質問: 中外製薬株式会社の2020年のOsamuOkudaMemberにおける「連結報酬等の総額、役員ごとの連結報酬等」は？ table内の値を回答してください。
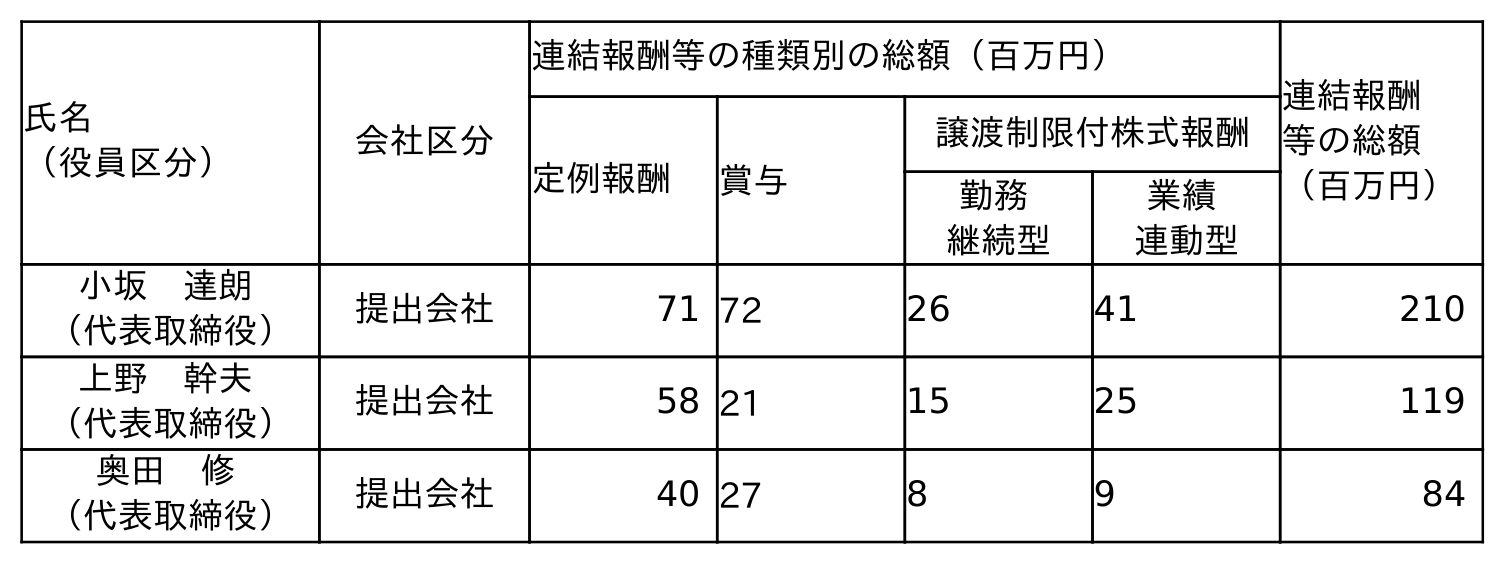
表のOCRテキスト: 氏名 （役員区分） 会社区分 連結報酬等の種類別の総額（百万円） 連結報酬 等の総額 （百万円） 定例報酬 賞与 譲渡制限付株式報酬 勤務 継続型 業績 連動型 小坂 達朗 （代表取締役） 提出会社 71 72 26 41 210 上野 幹夫 （代表取締役） 提出会社 58 21 15 25 119 奥田 修 （代表取締役） 提出会社 40 27 8 9 84
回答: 84